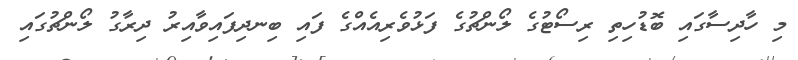
މި ހާދިސާގައި ބޮޑުހިތި ރިސޯޓުގެ ލޯންޗުގެ ފަޅުވެރިއެއްގެ ފައި ބިނދިފައިވާއިރު ދިރާގު ލޯންޗުގައި